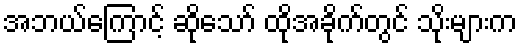
အဘယ်ကြောင့် ဆိုသော် ထိုအခိုက်တွင် သိုးများက